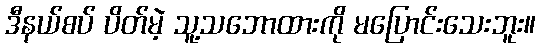
ဒီနယ်စပ် ပိတ်မဲ့ သူ့သဘောထားကို မပြောင်းသေးဘူး။